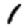
Digit: 1